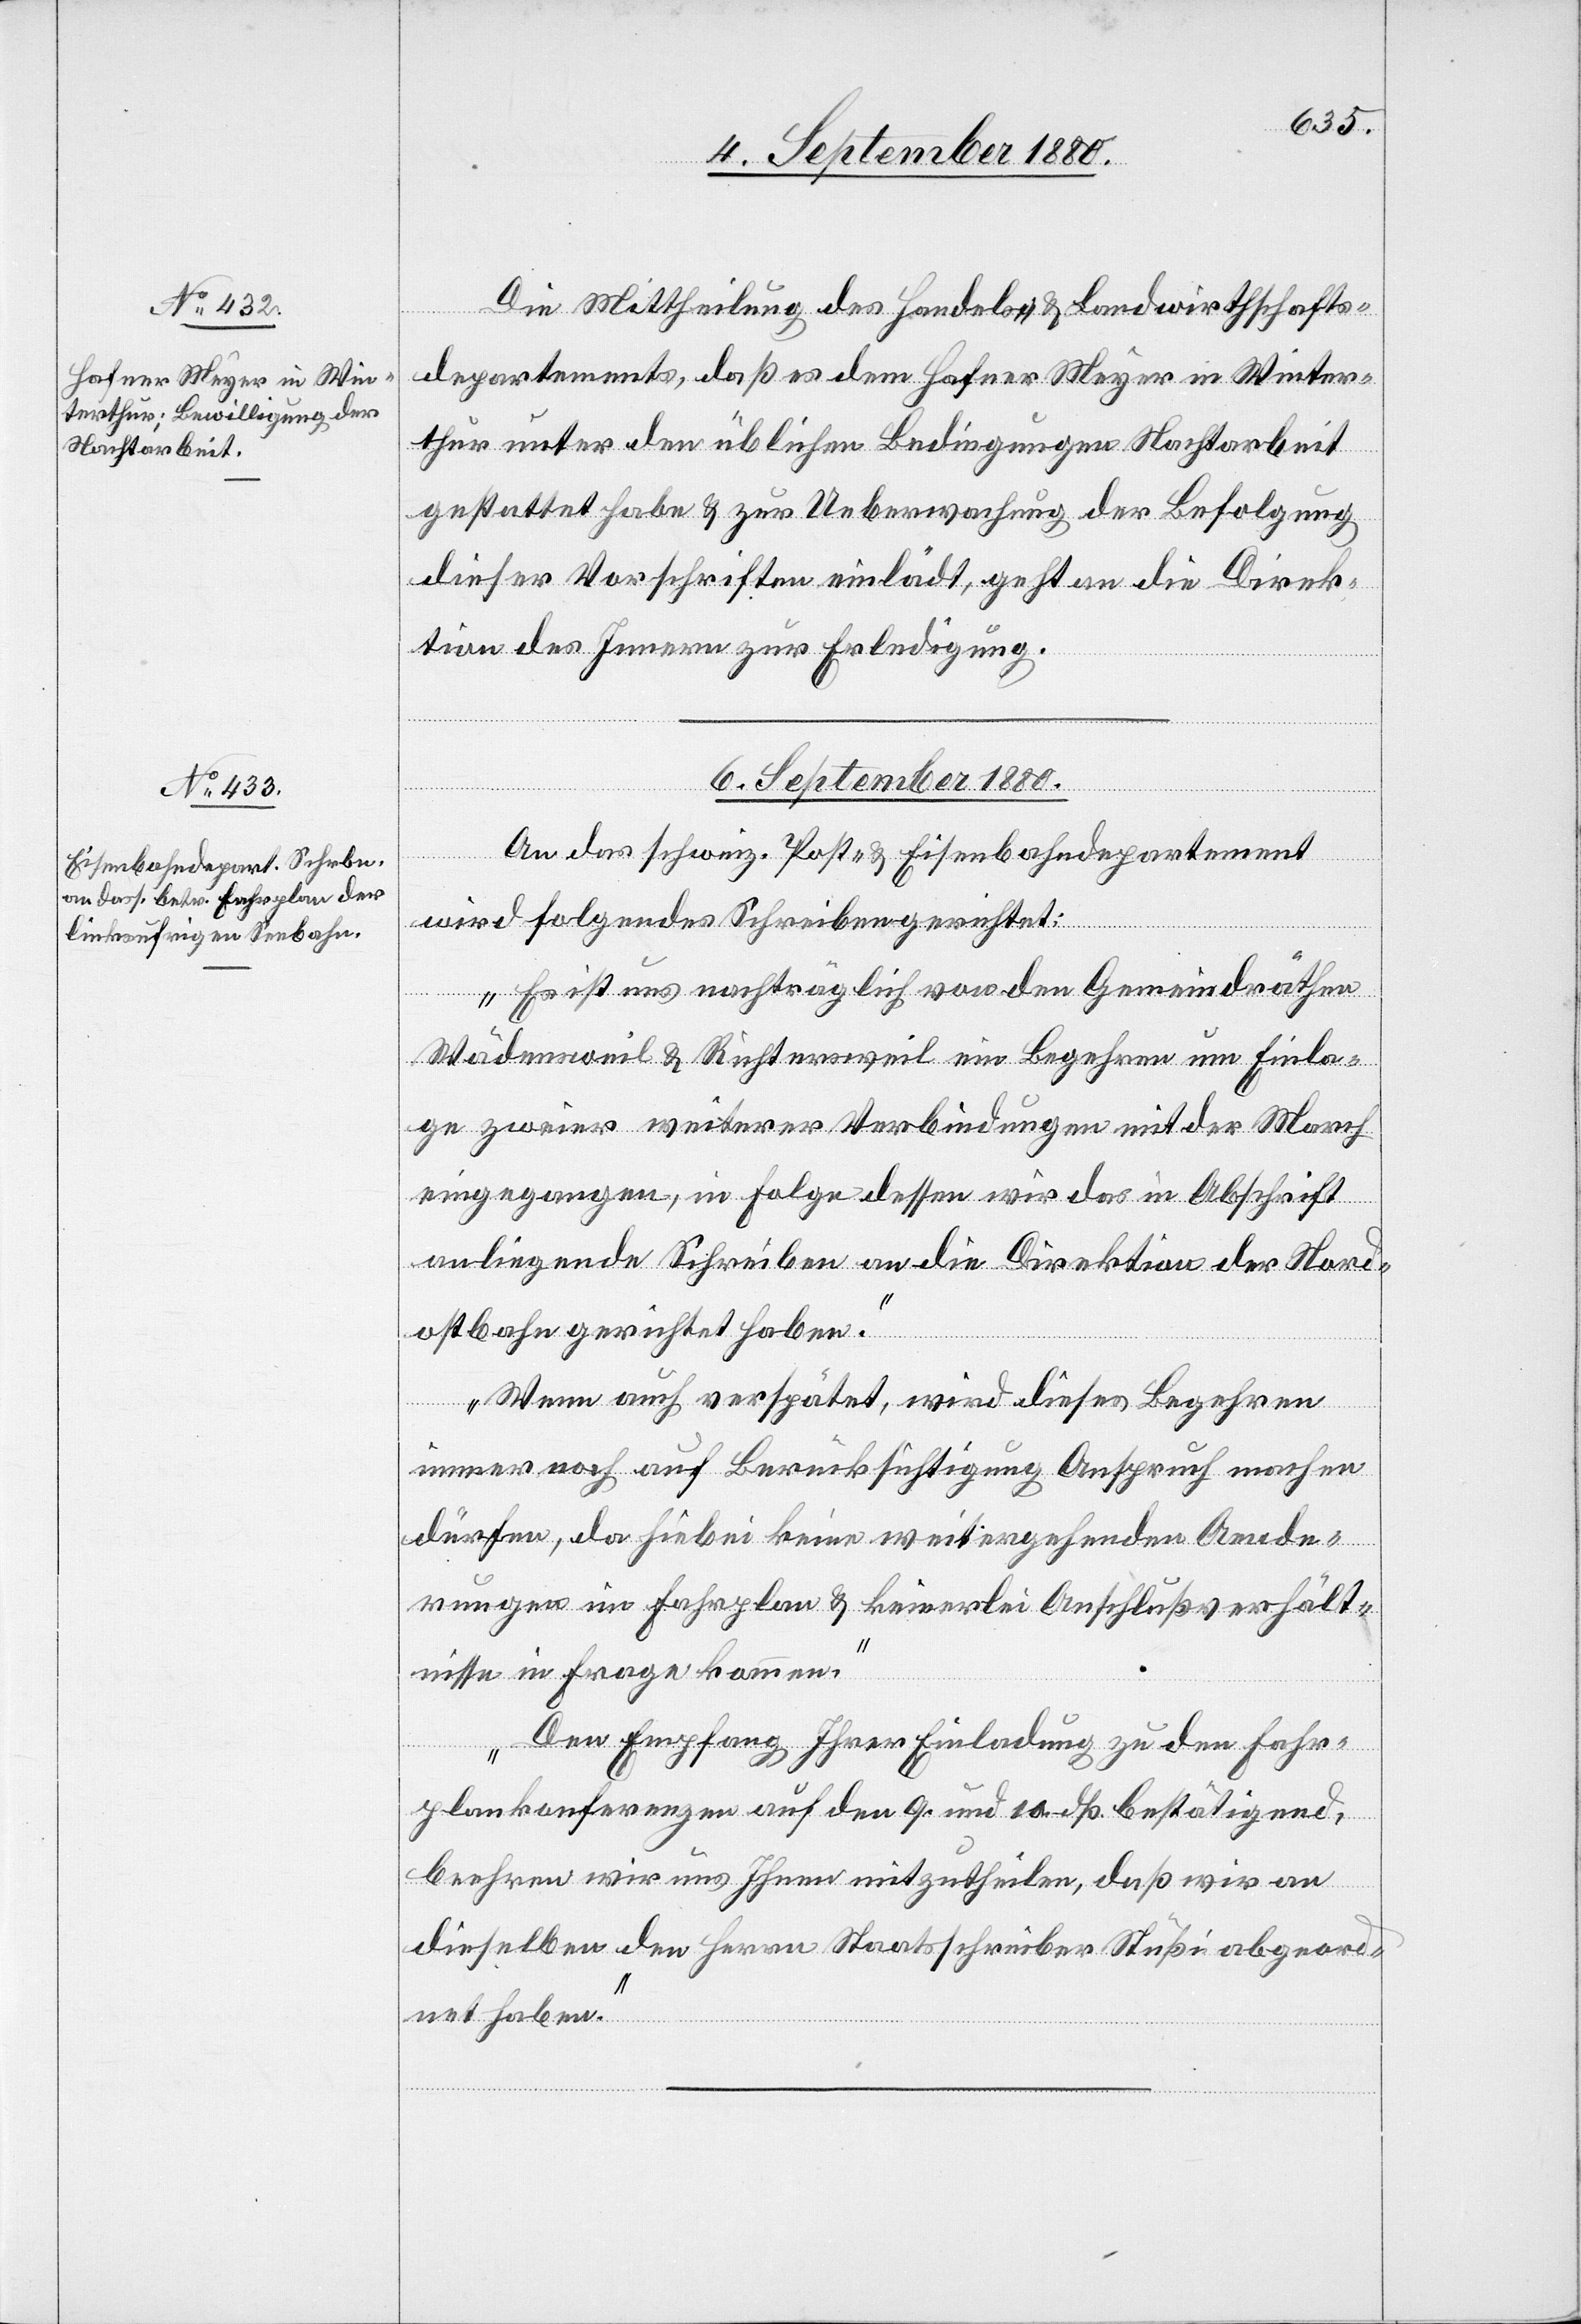
5. September 1880.]
Die Mittheilung des Handels- & Landwirthschafts¬
departements, daß es dem Hafner Meyer in Winter¬
thur unter den üblichen Bedingungen Nachtarbeit
gestattet habe & zur Ueberwachung der Befolgung
dieser Vorschriften einlädt, geht an die Direk¬
tion des Innern zur Erledigung.
6. September 1880.
An das schweiz. Post- & Eisenbahndepartement
wird folgendes Schreiben gerichtet:
„ Es ist uns nachträglich von den Gemeindräthen
Wädensweil & Richtersweil ein Begehren um Einla¬
ge zweier weiterer Verbindungen mit der March
eingegangen, in Folge dessen wir das in Abschrift
anliegende Schreiben an die Direktion der Nord¬
ostbahn gerichtet haben.
Wenn auch verspätet, wird dieses Begehren
immer noch auf Berücksichtigung Anspruch machen
dürfen, da hiebei keine weitergehenden Aende¬
rungen im Fahrplan & keinerlei Anschlußverhält¬
nisse in Frage kommen.
Den Empfang Ihrer Einladung zu den Fahr¬
plankonferenzen auf den 9. und 10. dß. bestätigend,
beehren wir uns Ihnen mitzutheilen, daß wir an
dieselben den Herrn Staatsschreiber Stüßi abgeord¬
net haben.“